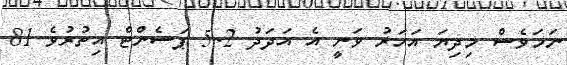
ނަމަވެސް މިދިޔަ އަހަރު ވަނީ އެ އަދަދު 5.2 ޕަސެންޓް އިތުރުވެ 81